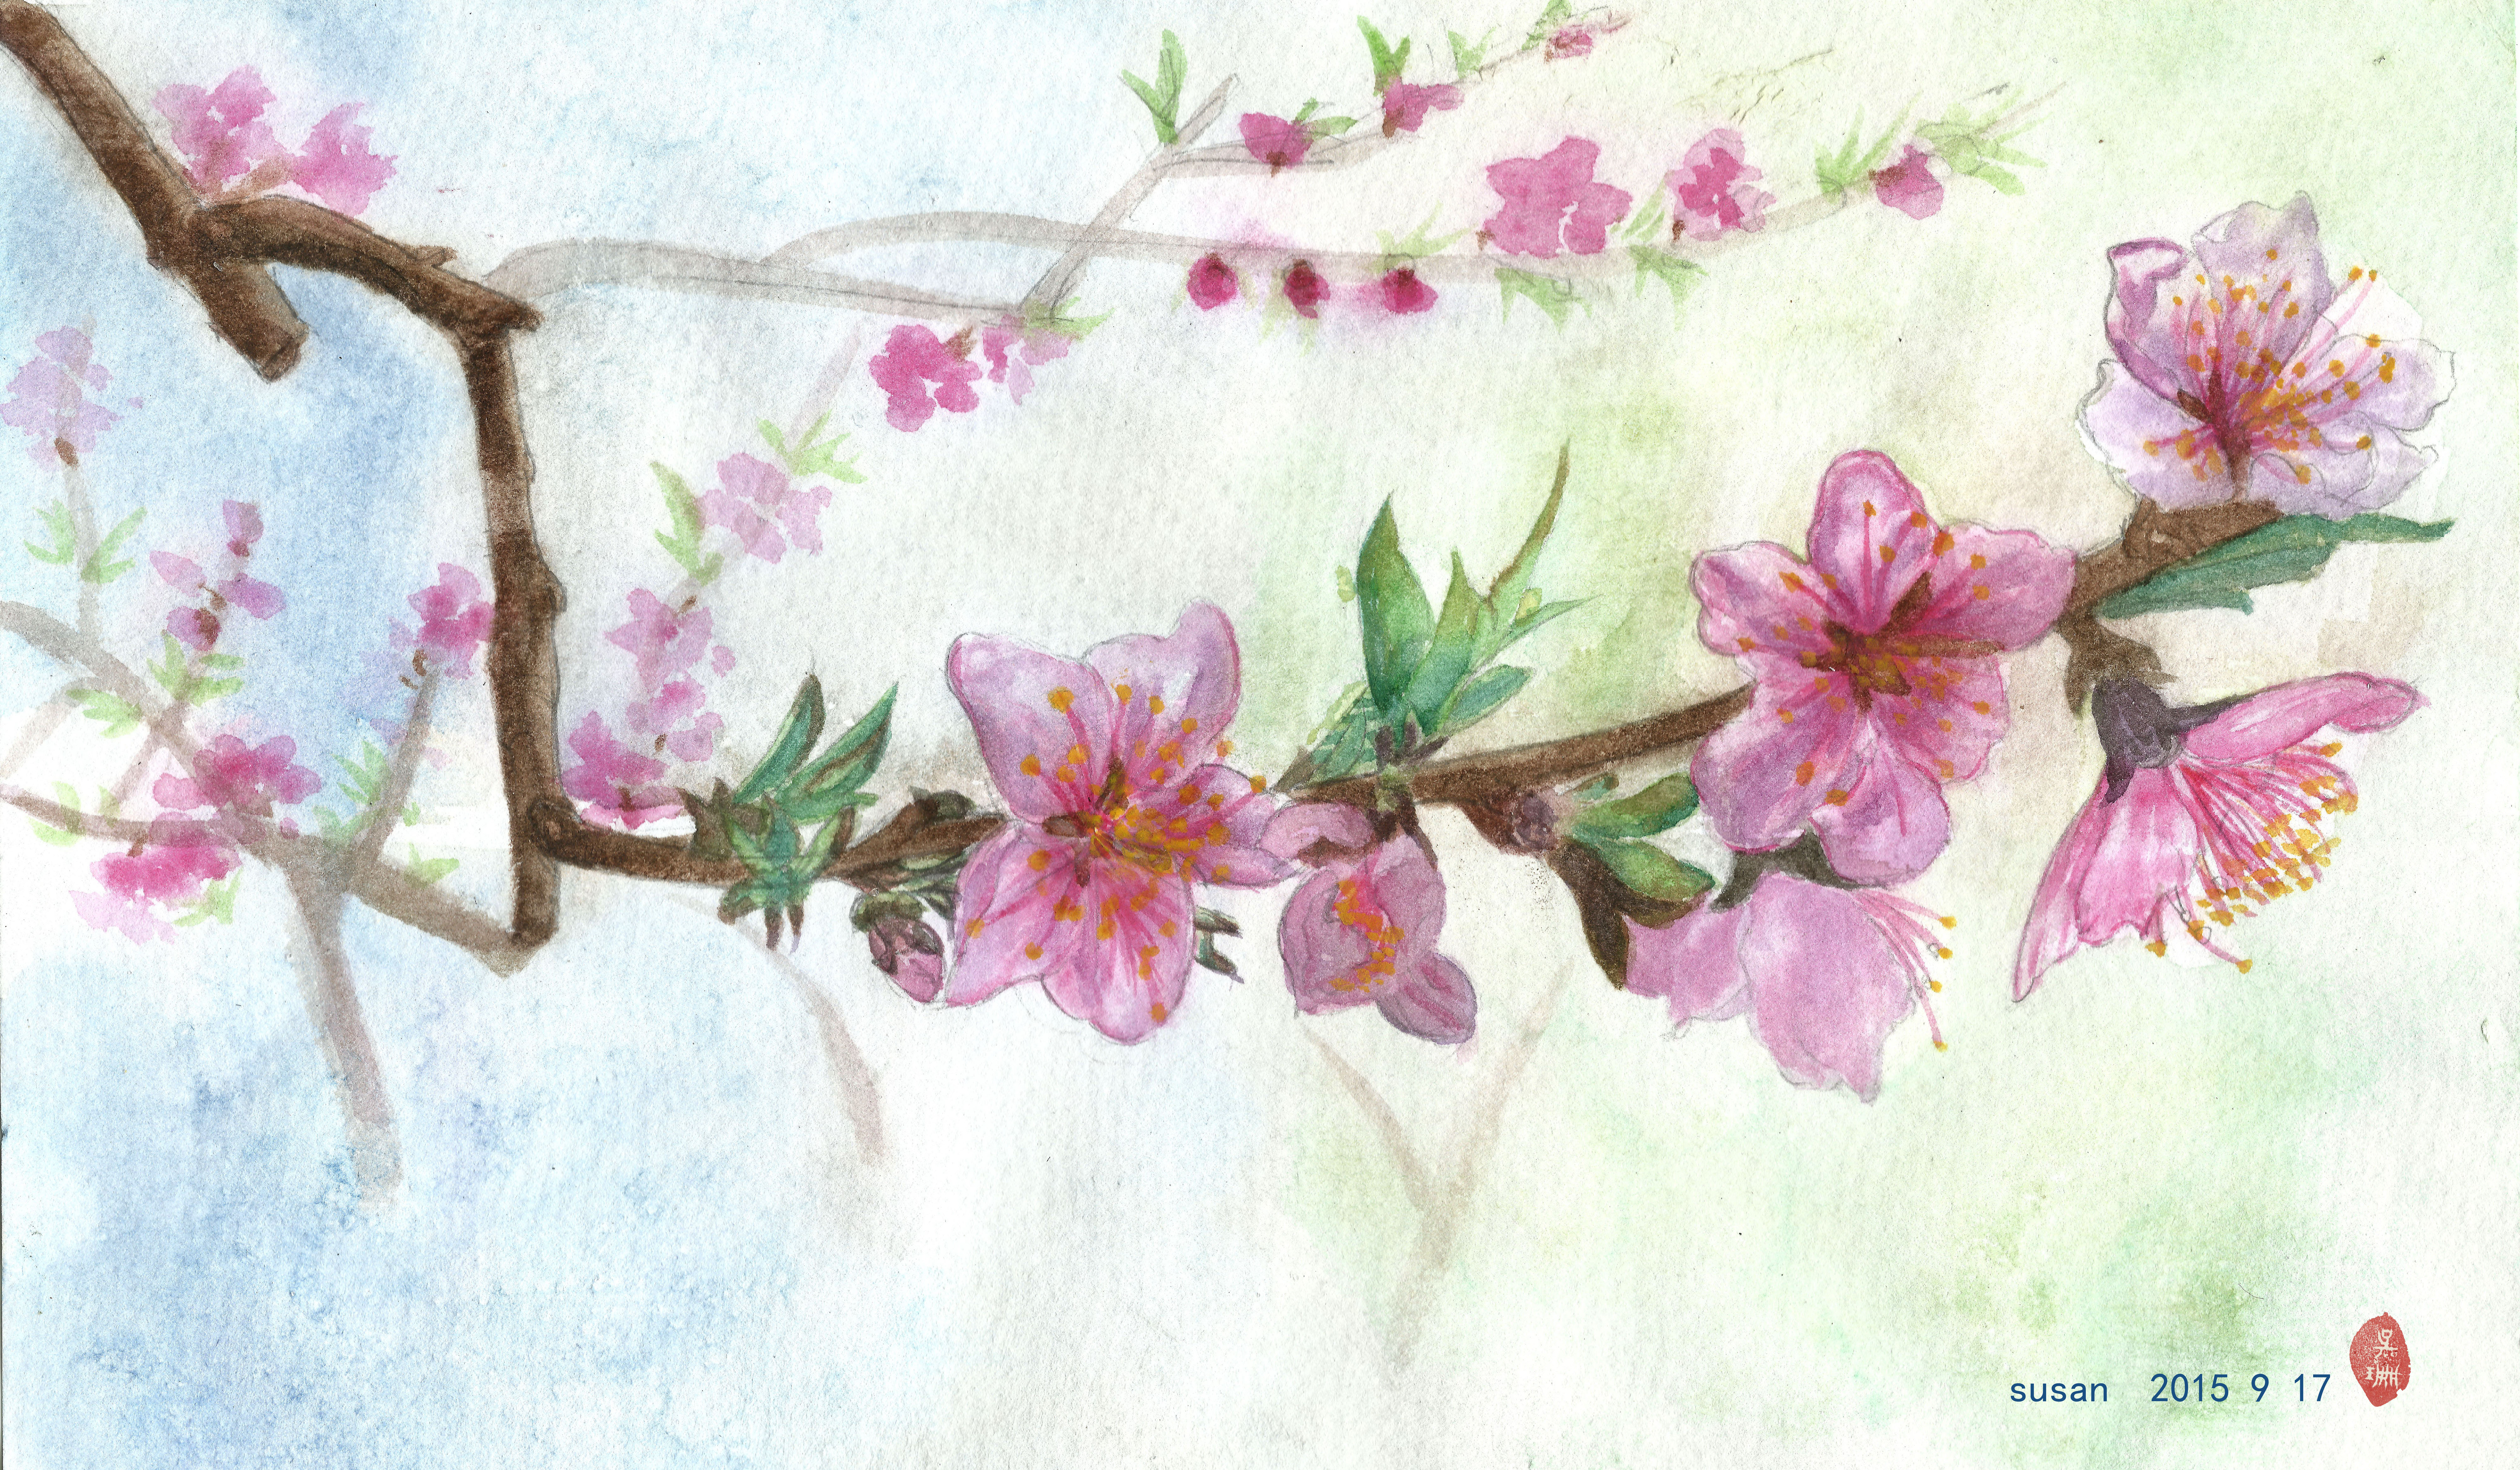
桃红复含宿雨，柳绿更带朝烟。